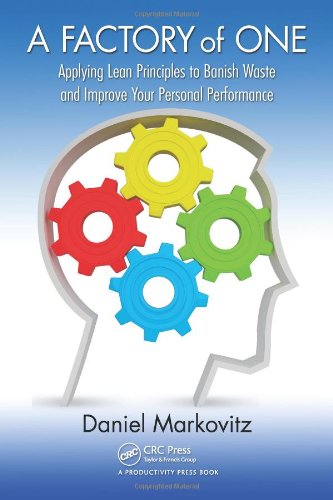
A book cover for A Factory of One: Applying Lean Principles to Banish Waste and Improve Your Personal Performance; Daniel Markovitz; Medical Books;